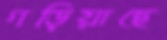
গড়িয়াছে